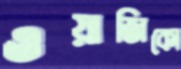
ওয়াজিকো